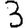
Digit: 3